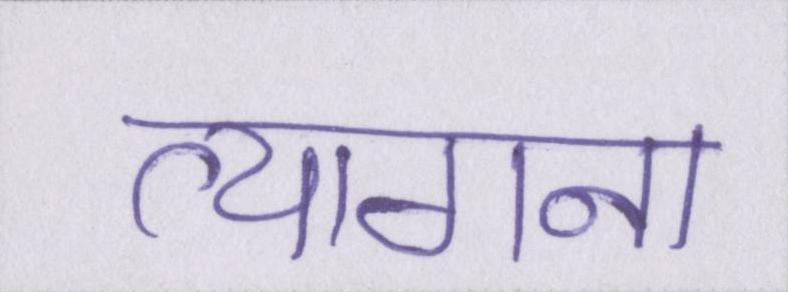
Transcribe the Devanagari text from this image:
त्यागना